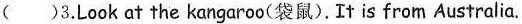
( )3.Look at the kangaroo(袋鼠).It is from Australia.